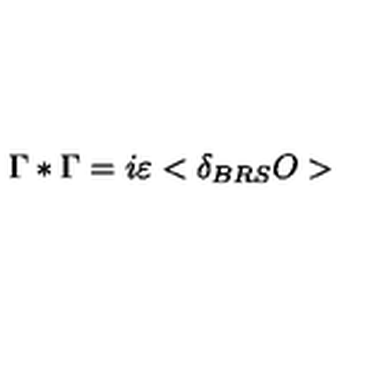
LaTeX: \Gamma * \Gamma = i \varepsilon < \delta _ { B R S } O >